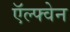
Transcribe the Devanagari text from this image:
ऍल्फ्वेन